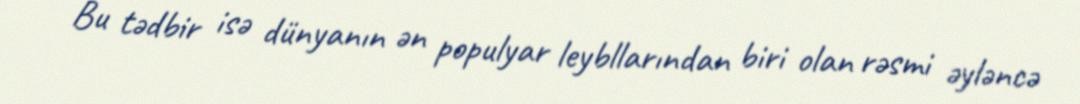
Bu tədbir isə dünyanın ən populyar leybllarından biri olan rəsmi əyləncə